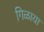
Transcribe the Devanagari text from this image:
गिळाया